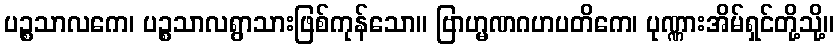
ပဉ္စသာလကေ၊ ပဉ္စသာလရွာသားဖြစ်ကုန်သော။ ဗြာဟ္မဏဂဟပတိကေ၊ ပုဏ္ဏားအိမ်ရှင်တို့သို့။